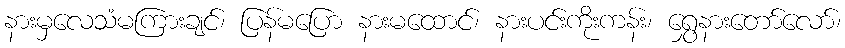
နားမှလေသံမကြားချင်၊ ပြန်မပြော နားမထောင်၊ နားပင်းကိုးကန်း၊ ရွှေနားတော်လော်၊